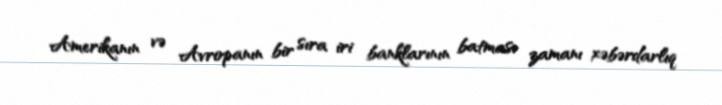
Amerikanın və Avropanın bir sıra iri banklarının batması zamanı xəbərdarlıq